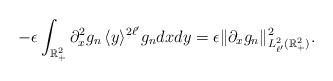
LaTeX: \begin{align*}-\epsilon\int_{\mathbb{R}^2_+} \partial_x^2 g_{n} \, \langle y\rangle^{2\ell'} g_{n} dx dy =\epsilon\| \partial_x g_{n}\|_{L^2_{\ell'}(\mathbb{R}^2_+)}^2.\end{align*}